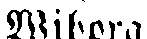
Wiborg.